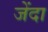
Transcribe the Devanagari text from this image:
जेंदा